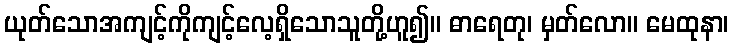
ယုတ်သောအကျင့်ကိုကျင့်လေ့ရှိသောသူတို့ဟူ၍။ ဓာရေတု၊ မှတ်လော။ မေထုနာ၊